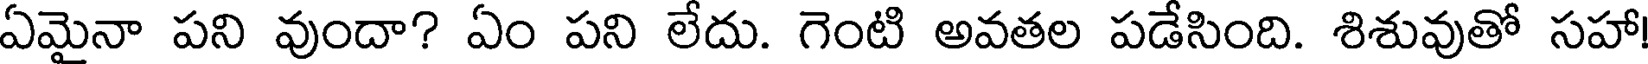
ఏమైనా పని వుందా? ఏం పని లేదు. గెంటి అవతల పడేసింది. శిశువుతో సహా